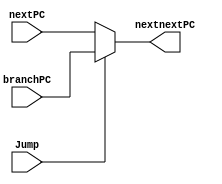
module PCMux(
  input [3:0] nextPC,
  input [3:0] branchPC,
  input Jump,
  output reg [3:0] nextnextPC);

  always @(nextPC, branchPC, Jump, nextnextPC) begin
    if (Jump == 0)
      nextnextPC = nextPC;
    else
      nextnextPC = branchPC;
  end
endmodule